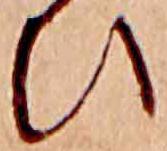
ひ